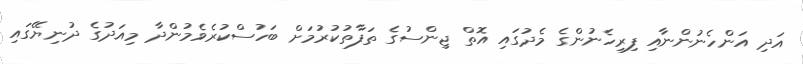
އަދި އަންހެނުންނާއި ފިރިހެނުންގެ މެދުގައި އޮތް ޖިންސުގެ ތަފާތުކުރުމަށް ބަހުސްކުރެވެމުންދާ މިއަދުގެ ދުނިޔޭގައި